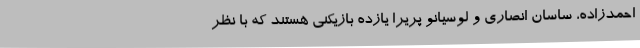
احمدزاده، ساسان انصاری و لوسیانو پریرا یازده بازیکنی هستند که با نظر